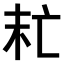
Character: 𠅍